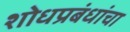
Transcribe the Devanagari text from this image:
शोधप्रबंधांचा